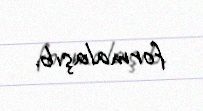
formalaşıb.